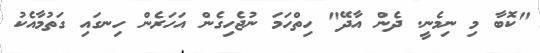
"ކޮބާ މި ނިމެނީ. ދެން އާދޭ" ހިތްހަމަ ނުޖެހިގެން އަހަރެން ހިނގައި ގަތުމާއެކު